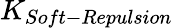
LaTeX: K_{Soft-Repulsion}